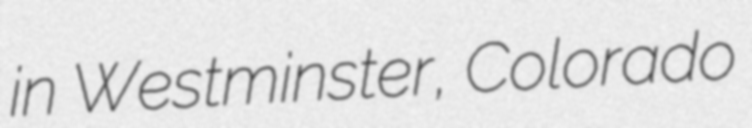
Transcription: in Westminster, Colorado